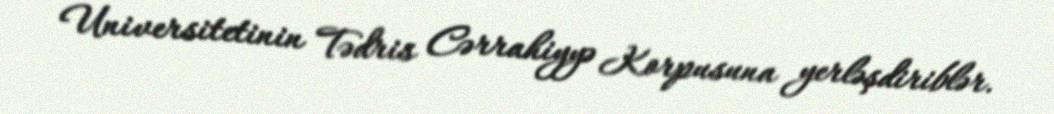
Universitetinin Tədris Cərrahiyyə Korpusuna yerləşdiriblər.